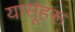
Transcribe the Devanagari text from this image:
यासूहरू